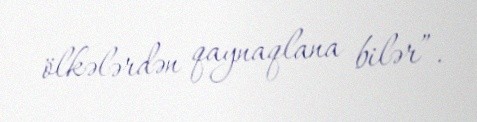
ölkələrdən qaynaqlana bilər”.